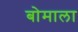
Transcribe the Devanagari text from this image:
बोमाला